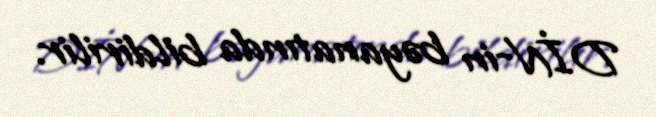
DİN-in bəyanatında bildirilir.